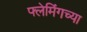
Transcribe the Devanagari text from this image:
फ्लेमिंगच्या